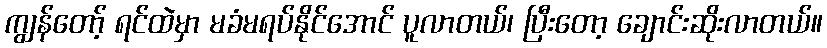
ကျွန်တော့် ရင်ထဲမှာ မခံမရပ်နိုင်အောင် ပူလာတယ်၊ ပြီးတော့ ချောင်းဆိုးလာတယ်။